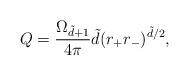
LaTeX: \begin{align*}Q=\frac{\Omega _{\tilde{d}+1}}{4\pi}\tilde{d}(r_+r_-)^{\tilde{d}/2},\end{align*}